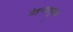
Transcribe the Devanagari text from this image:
मेहनतपूर्वक